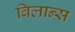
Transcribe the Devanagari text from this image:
विलान्स